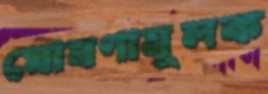
ঘোষণামূলক